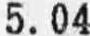
5.04